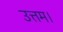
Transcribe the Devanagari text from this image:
उत्तम।